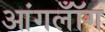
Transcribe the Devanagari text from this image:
आंगलॉँग